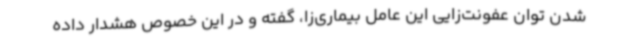
شدن توان عفونت‌زایی این عامل بیماری‌زا، گفته و در این خصوص هشدار داده